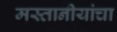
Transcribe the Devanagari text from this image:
मस्तानीयांचा